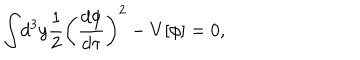
\int \! d ^ { 3 } y \frac { 1 } { 2 } \left( \frac { d \phi } { d \tau } \right) ^ { 2 } - V [ \phi ] = 0 ,